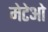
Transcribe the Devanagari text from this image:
मेटेओ